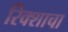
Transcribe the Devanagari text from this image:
रिक्शाचा